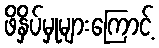
ဖိနှိပ်မှုများကြောင့်